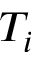
T _ { i }